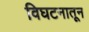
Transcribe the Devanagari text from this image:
विघटनातून